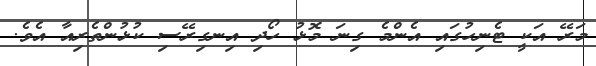
މަރޭ އަކީ ޓެނިހުގައި އެންމެ ގިނަ މޮޅު ހޯދި އިނގިރޭސި ކުޅުންތެރިއާ އެވެ.